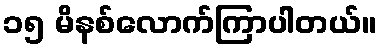
၁၅ မိနစ်လောက်ကြာပါတယ်။